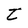
Character: t